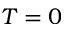
T = 0